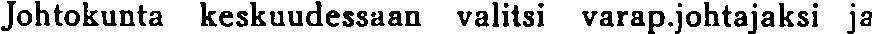
Johtokunta keskuudessaan valitsi varap.johtajaksi ja